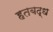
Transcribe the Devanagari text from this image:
हतबद्ध